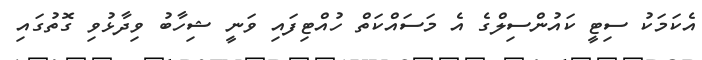
އެކަމަކު ސިޓީ ކައުންސިލްގެ އެ މަސައްކަތް ހުއްޓިފައި ވަނީ ޝިހާބު ވިދާޅުވި ގޮތުގައި